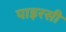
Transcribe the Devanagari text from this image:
पाइरसी